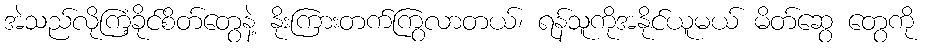
အဲသည်လိုကြံ့ခိုင်စိတ်တွေနဲ့ နိုးကြားတက်ကြွလာတယ်၊ ရန်သူကိုအနိုင်ယူမယ် မိတ်ဆွေ တွေကို